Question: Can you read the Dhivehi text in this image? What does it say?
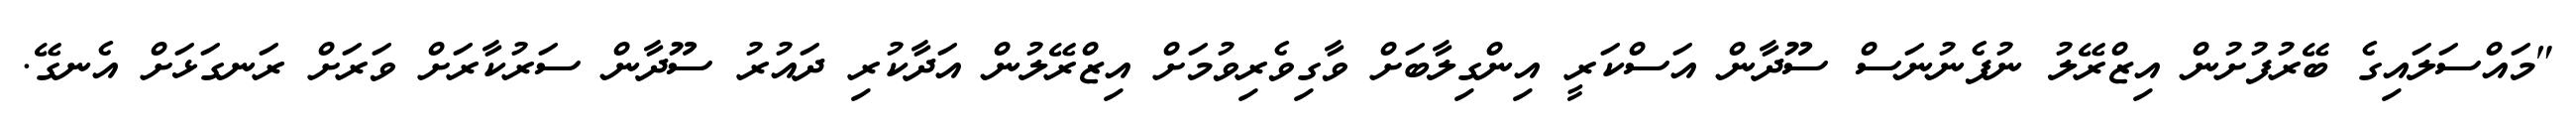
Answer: "މައްސަލައިގެ ބޭރުފުށުން އިޒްރޭލު ނުފެނުނަސް ސޫދާން އަސްކަރީ އިންގިލާބަށް ވާގިވެރިވުމަށް އިޒްރޭލުން އަދާކުރި ދައުރު ސޫދާން ސަރުކާރަށް ވަރަށް ރަނގަޅަށް އެނގޭ.